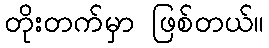
တိုးတက်မှာ ဖြစ်တယ်။